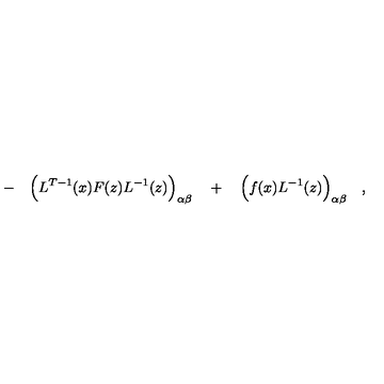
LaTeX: \qquad - \quad \Bigl ( L ^ { T - 1 } ( x ) F ( z ) L ^ { - 1 } ( z ) \Bigr ) _ { \alpha \beta } \quad + \quad \Bigl ( f ( x ) L ^ { - 1 } ( z ) \Bigr ) _ { \alpha \beta } \quad ,